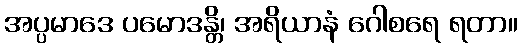
အပ္ပမာဒေ ပမောဒန္တိ၊ အရိယာနံ ဂေါစရေ ရတာ။